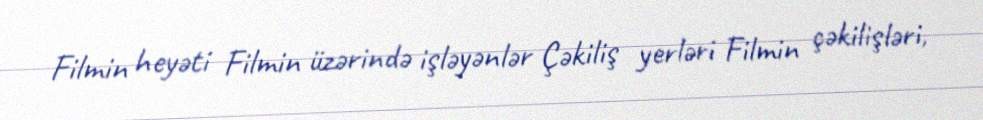
Filmin heyəti Filmin üzərində işləyənlər Çəkiliş yerləri Filmin çəkilişləri,